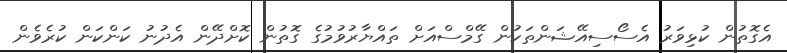
އެގޮތުން ކުޅިވަރު އެސޯސިއޭޝަންތަކުން ގޭމްސްއަށް ތައްޔާރުވުމުގެ ގޮތުން ކޮށްދޭން އެދުނު ކަންކަން ކުރެވެން